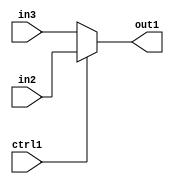
`timescale 1ps / 1ps
/*****************************************************************************
    Verilog RTL Description
    
    
    Created by: Stratus DpOpt 2019.1.01 
*******************************************************************************/

module DC_Filter_N_Mux_12_2_3_1 (
	in3,
	in2,
	ctrl1,
	out1
	); /* architecture "behavioural" */ 
input [11:0] in3,
	in2;
input  ctrl1;
output [11:0] out1;
wire [11:0] asc001;

reg [11:0] asc001_tmp_0;
assign asc001 = asc001_tmp_0;
always @ (ctrl1 or in2 or in3) begin
	case (ctrl1)
		1'B1 : asc001_tmp_0 = in2 ;
		default : asc001_tmp_0 = in3 ;
	endcase
end

assign out1 = asc001;
endmodule

/* CADENCE  uLXzTww= : u9/ySgnWtBlWxVPRXgAZ4Og= ** DO NOT EDIT THIS LINE ******/